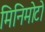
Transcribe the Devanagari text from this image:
मिनिमोटो